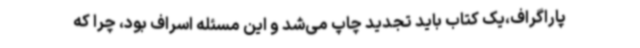
پاراگراف،یک کتاب باید تجدید چاپ می‌شد و این مسئله اسراف بود، چرا که